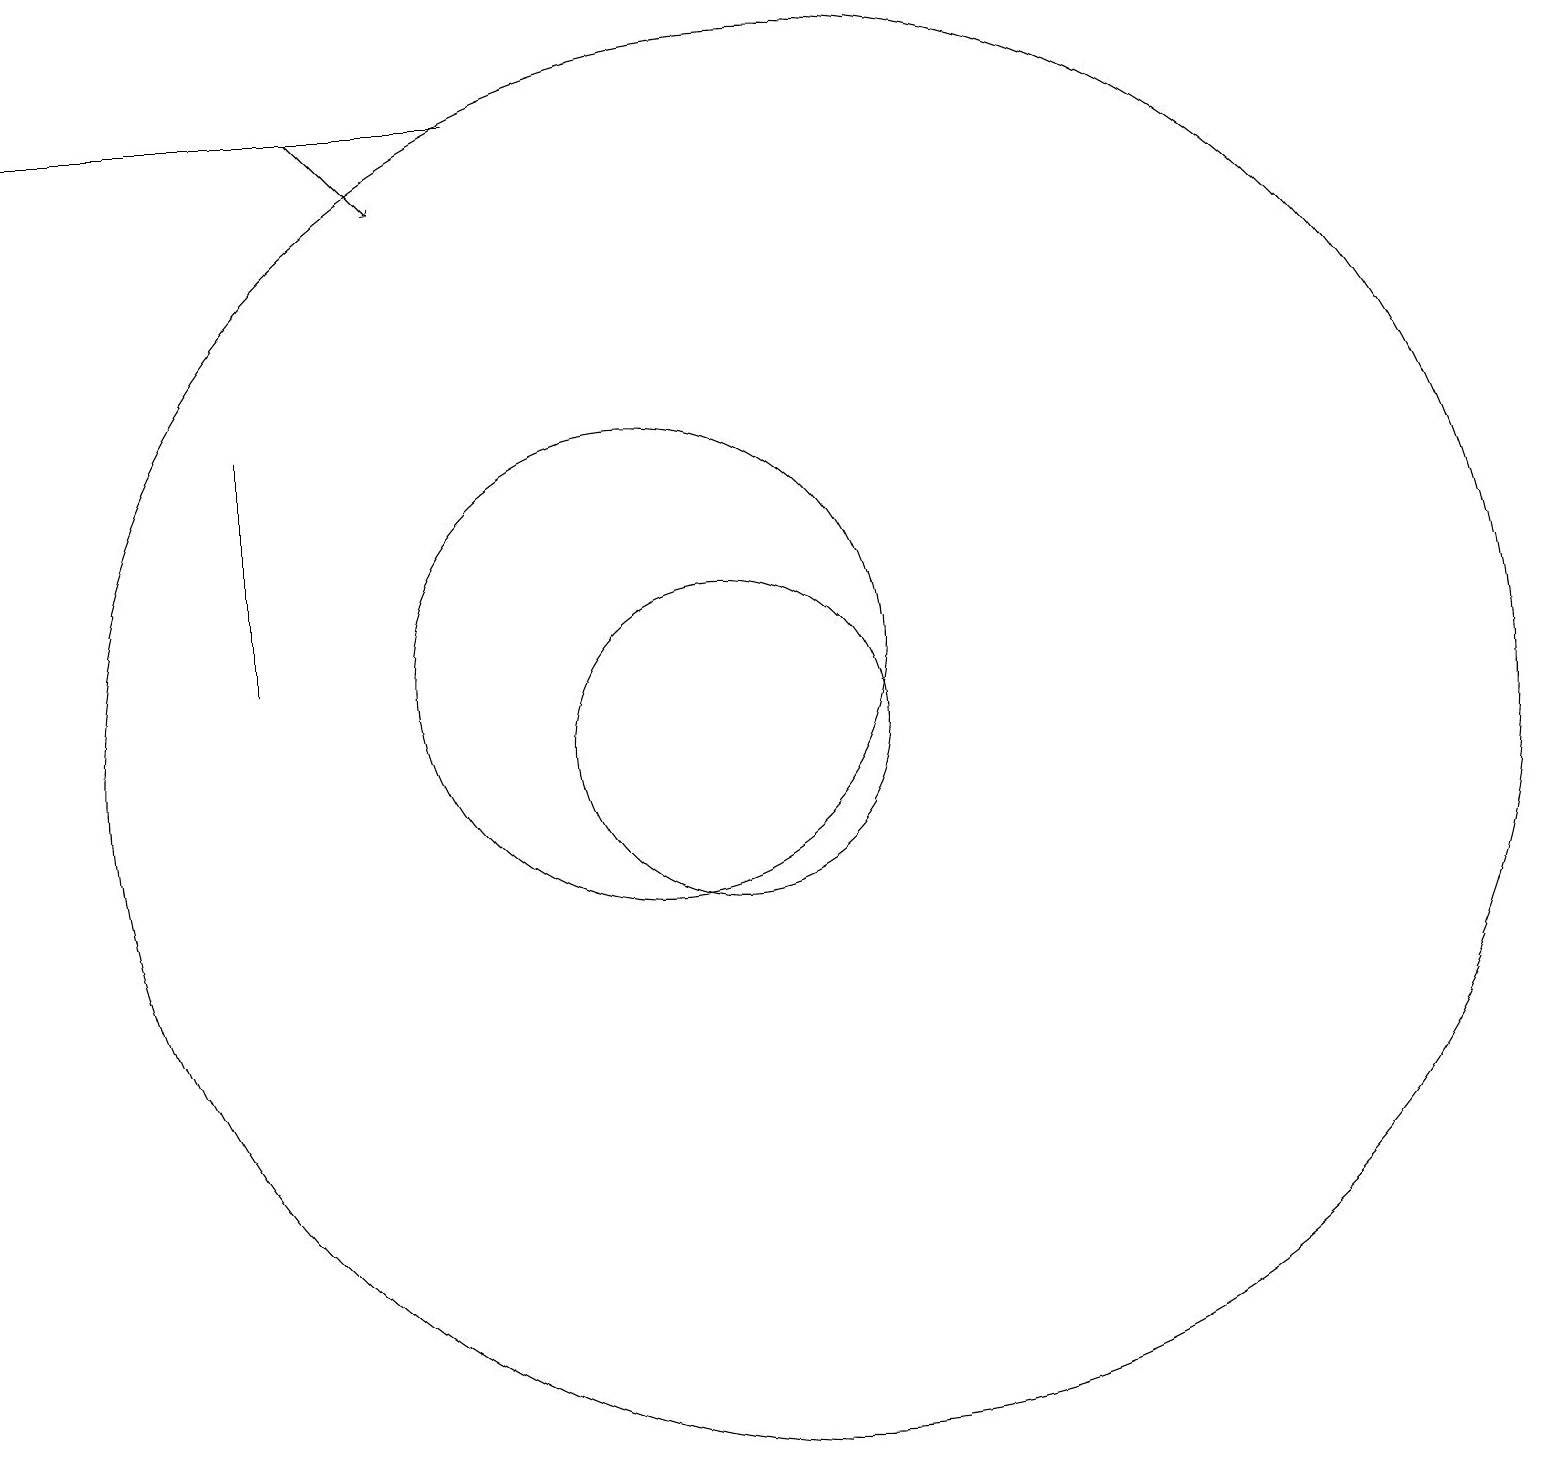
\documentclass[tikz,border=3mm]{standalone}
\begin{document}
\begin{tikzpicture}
\draw (11,10) circle (2);
\draw (5,14) rectangle (5,11);
\draw[->] (6,18) -- (7,17);
\draw (12,10) circle (9);
\draw (10,11) circle (3);
\draw (2,18) rectangle (8,18);
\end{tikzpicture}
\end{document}